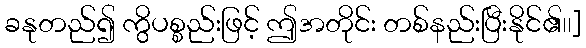
ခနုတည်၍ ကွိပစ္စည်းဖြင့် ဤအတိုင်း တစ်နည်းပြီးနိုင်၏၊၊]